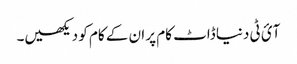
آئ ٹی دنیا ڈاٹ کام پر ان کے کام کو دیکھیں۔